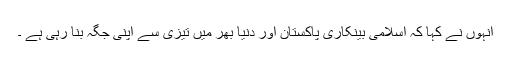
انہوں نے کہا کہ اسلامی بینکاری پاکستان اور دنیا بھر میں تیزی سے اپنی جگہ بنا رہی ہے ۔